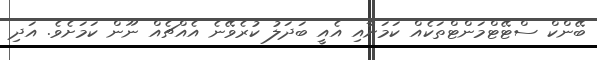
ބޭންކް ސްޓޭޓްމަންޓްތަކެއް ކަމަށާއި އެއީ ބަދަލު ކުރެވޭނެ އެއްޗެއް ނޫން ކަމަށެވެ. އަދި